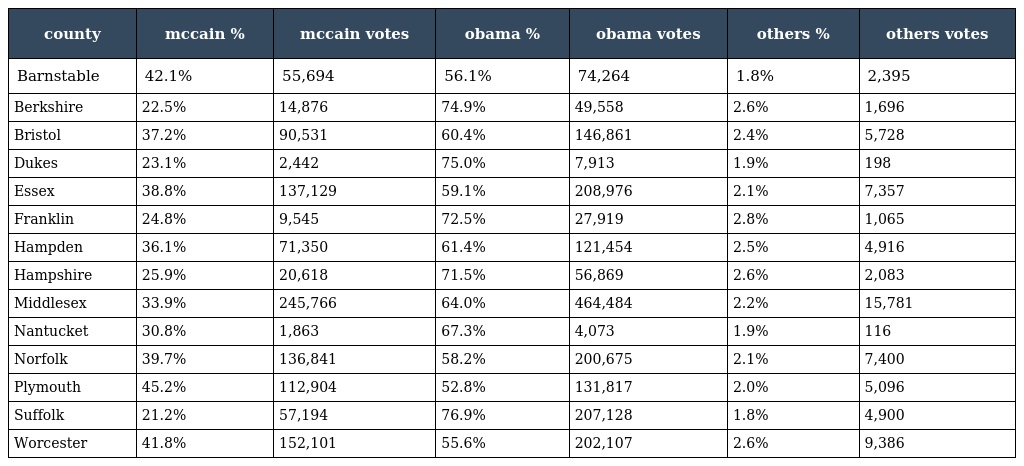
| county | mccain % | mccain votes | obama % | obama votes | others % | others votes |
 | --- | --- | --- | --- | --- | --- | --- |
 | Barnstable | 42.1% | 55,694 | 56.1% | 74,264 | 1.8% | 2,395 |
 | Berkshire | 22.5% | 14,876 | 74.9% | 49,558 | 2.6% | 1,696 |
 | Bristol | 37.2% | 90,531 | 60.4% | 146,861 | 2.4% | 5,728 |
 | Dukes | 23.1% | 2,442 | 75.0% | 7,913 | 1.9% | 198 |
 | Essex | 38.8% | 137,129 | 59.1% | 208,976 | 2.1% | 7,357 |
 | Franklin | 24.8% | 9,545 | 72.5% | 27,919 | 2.8% | 1,065 |
 | Hampden | 36.1% | 71,350 | 61.4% | 121,454 | 2.5% | 4,916 |
 | Hampshire | 25.9% | 20,618 | 71.5% | 56,869 | 2.6% | 2,083 |
 | Middlesex | 33.9% | 245,766 | 64.0% | 464,484 | 2.2% | 15,781 |
 | Nantucket | 30.8% | 1,863 | 67.3% | 4,073 | 1.9% | 116 |
 | Norfolk | 39.7% | 136,841 | 58.2% | 200,675 | 2.1% | 7,400 |
 | Plymouth | 45.2% | 112,904 | 52.8% | 131,817 | 2.0% | 5,096 |
 | Suffolk | 21.2% | 57,194 | 76.9% | 207,128 | 1.8% | 4,900 |
 | Worcester | 41.8% | 152,101 | 55.6% | 202,107 | 2.6% | 9,386 |